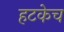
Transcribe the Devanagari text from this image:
हटकेच